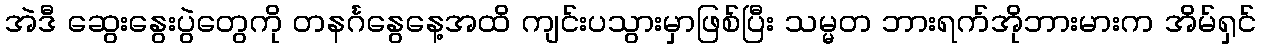
အဲဒီ ဆွေးနွေးပွဲတွေကို တနင်္ဂနွေနေ့အထိ ကျင်းပသွားမှာဖြစ်ပြီး သမ္မတ ဘားရက်အိုဘားမားက အိမ်ရှင်